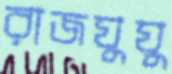
রাজঘুঘু